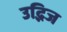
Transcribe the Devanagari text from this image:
उद्भिज